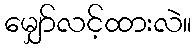
မျှော်လင့်ထားလဲ။